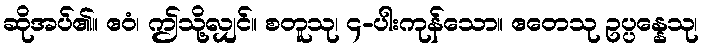
ဆိုအပ်၏။ ဧဝံ၊ ဤသို့လျှင်။ စတူသု၊ ၄-ပါးကုန်သော။ ဧတေသု ဥပ္ပန္နေသု၊